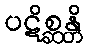
ပဋိစ္ဆန္တိ